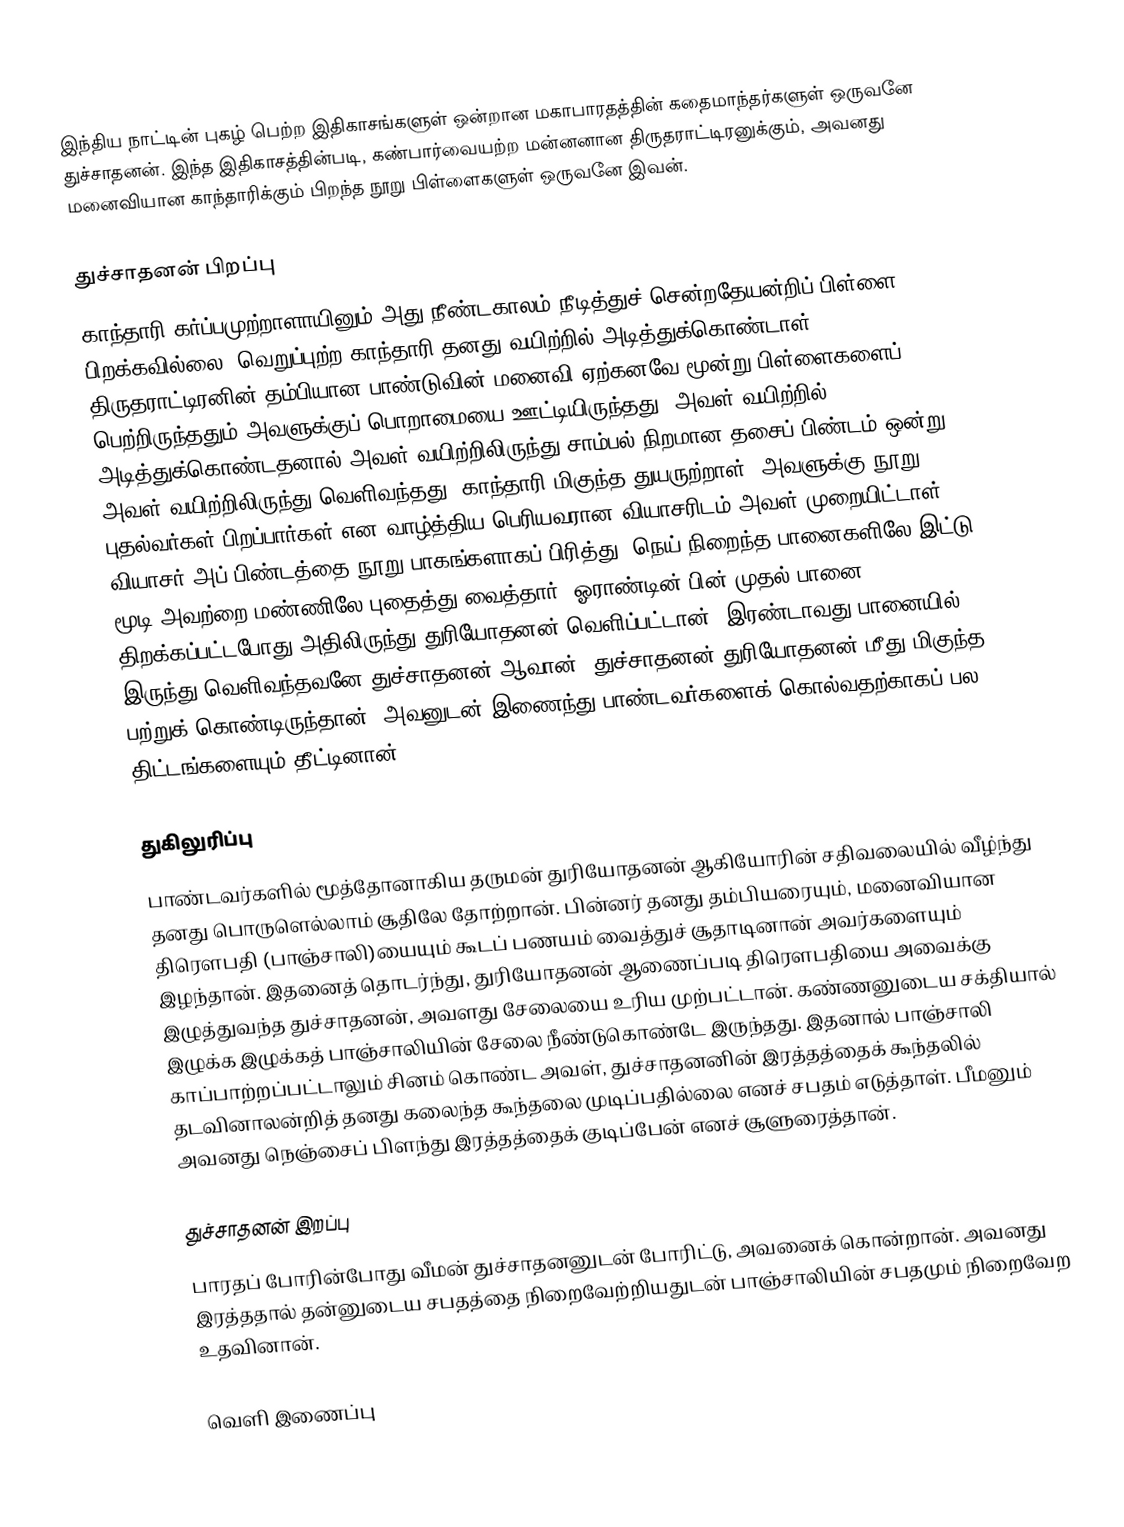
இந்திய நாட்டின் புகழ் பெற்ற இதிகாசங்களுள் ஒன்றான மகாபாரதத்தின் கதைமாந்தர்களுள் ஒருவனே துச்சாதனன். இந்த இதிகாசத்தின்படி, கண்பார்வையற்ற மன்னனான திருதராட்டிரனுக்கும், அவனது மனைவியான காந்தாரிக்கும் பிறந்த நூறு பிள்ளைகளுள் ஒருவனே இவன்.

துச்சாதனன் பிறப்பு
காந்தாரி கர்ப்பமுற்றாளாயினும் அது நீண்டகாலம் நீடித்துச் சென்றதேயன்றிப் பிள்ளை பிறக்கவில்லை. வெறுப்புற்ற காந்தாரி தனது வயிற்றில் அடித்துக்கொண்டாள். திருதராட்டிரனின் தம்பியான பாண்டுவின் மனைவி ஏற்கனவே மூன்று பிள்ளைகளைப் பெற்றிருந்ததும் அவளுக்குப் பொறாமையை ஊட்டியிருந்தது. அவள் வயிற்றில் அடித்துக்கொண்டதனால் அவள் வயிற்றிலிருந்து சாம்பல் நிறமான தசைப் பிண்டம் ஒன்று அவள் வயிற்றிலிருந்து வெளிவந்தது. காந்தாரி மிகுந்த துயருற்றாள். அவளுக்கு நூறு புதல்வர்கள் பிறப்பார்கள் என வாழ்த்திய பெரியவரான வியாசரிடம் அவள் முறையிட்டாள். வியாசர் அப் பிண்டத்தை நூறு பாகங்களாகப் பிரித்து, நெய் நிறைந்த பானைகளிலே இட்டு மூடி அவற்றை மண்ணிலே புதைத்து வைத்தார். ஓராண்டின் பின் முதல் பானை திறக்கப்பட்டபோது அதிலிருந்து துரியோதனன் வெளிப்பட்டான். இரண்டாவது பானையில் இருந்து வெளிவந்தவனே துச்சாதனன் ஆவான். துச்சாதனன் துரியோதனன் மீது மிகுந்த பற்றுக் கொண்டிருந்தான். அவனுடன் இணைந்து பாண்டவர்களைக் கொல்வதற்காகப் பல திட்டங்களையும் தீட்டினான்.

துகிலுரிப்பு
பாண்டவர்களில் மூத்தோனாகிய தருமன் துரியோதனன் ஆகியோரின் சதிவலையில் வீழ்ந்து தனது பொருளெல்லாம் சூதிலே தோற்றான். பின்னர் தனது தம்பியரையும், மனைவியான திரௌபதி (பாஞ்சாலி)யையும் கூடப் பணயம் வைத்துச் சூதாடினான் அவர்களையும் இழந்தான். இதனைத் தொடர்ந்து, துரியோதனன் ஆணைப்படி திரௌபதியை அவைக்கு இழுத்துவந்த துச்சாதனன், அவளது சேலையை உரிய முற்பட்டான். கண்ணனுடைய சக்தியால் இழுக்க இழுக்கத் பாஞ்சாலியின் சேலை நீண்டுகொண்டே இருந்தது. இதனால் பாஞ்சாலி காப்பாற்றப்பட்டாலும் சினம் கொண்ட அவள், துச்சாதனனின் இரத்தத்தைக் கூந்தலில் தடவினாலன்றித் தனது கலைந்த கூந்தலை முடிப்பதில்லை எனச் சபதம் எடுத்தாள். பீமனும் அவனது நெஞ்சைப் பிளந்து இரத்தத்தைக் குடிப்பேன் எனச் சூளுரைத்தான்.

துச்சாதனன் இறப்பு
பாரதப் போரின்போது வீமன் துச்சாதனனுடன் போரிட்டு, அவனைக் கொன்றான். அவனது இரத்ததால் தன்னுடைய சபதத்தை நிறைவேற்றியதுடன் பாஞ்சாலியின் சபதமும் நிறைவேற உதவினான்.

வெளி இணைப்பு